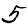
Digit: 5